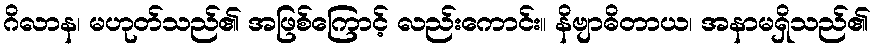
ဂိလာန၊ မဟုတ်သည်၏ အဖြစ်ကြောင့် လည်းကောင်း။ နိဗျာဓိတာယ၊ အနာမရှိသည်၏